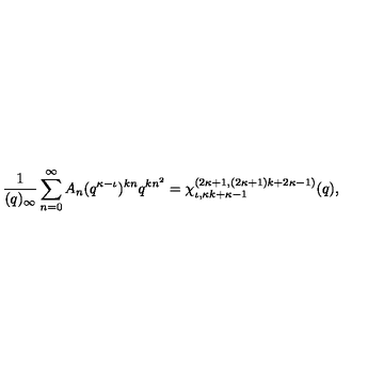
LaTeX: \frac { 1 } { ( q ) _ { \infty } } \sum _ { n = 0 } ^ { \infty } A _ { n } ( q ^ { \kappa - \iota } ) ^ { k n } q ^ { k n ^ { 2 } } = \chi _ { \iota , \kappa k + \kappa - 1 } ^ { ( 2 \kappa + 1 , ( 2 \kappa + 1 ) k + 2 \kappa - 1 ) } ( q ) ,